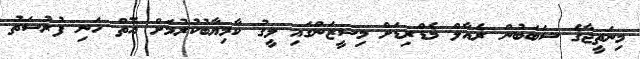
މިނަތީޖާގެ ސަބަބުން ރެއާލް މެޑްރިޑަށް މިސީޒަންގައި ލީގު ކާމިޔާބުކުރުމަށް އޮތް ހަނި ފުރުސަތު